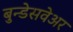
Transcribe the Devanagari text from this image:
बुन्डेसवेअर